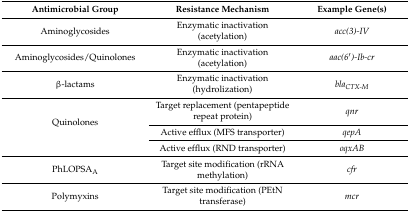
<table><thead><tr><td><b>Antimicrobial Group</b></td><td><b>Resistance Mechanism</b></td><td><b>Example Gene(s)</b></td></tr></thead><tbody><tr><td>Aminoglycosides</td><td>Enzymatic inactivation (acetylation)</td><td><i>acc(3)-IV</i></td></tr><tr><td>Aminoglycosides/Quinolones</td><td>Enzymatic inactivation (acetylation)</td><td><i>aac(6′)-Ib-cr</i></td></tr><tr><td>β-lactams</td><td>Enzymatic inactivation (hydrolization)</td><td><i>bla<sub>CTX-M</sub></i></td></tr><tr><td rowspan="3">Quinolones</td><td>Target replacement (pentapeptide repeat protein)</td><td><i>qnr</i></td></tr><tr><td>Active efflux (MFS transporter)</td><td><i>qepA</i></td></tr><tr><td>Active efflux (RND transporter)</td><td><i>oqxAB</i></td></tr><tr><td>PhLOPSA<sub>A</sub></td><td>Target site modification (rRNA methylation)</td><td><i>cfr</i></td></tr><tr><td>Polymyxins</td><td>Target site modification (PEtN transferase)</td><td><i>mcr</i></td></tr></tbody></table>